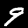
Label: 9